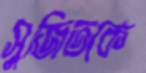
সুজিতকে